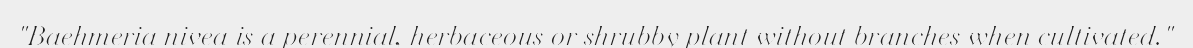
"Baehmeria nivea is a perennial, herbaceous or shrubby plant without branches when cultivated."